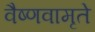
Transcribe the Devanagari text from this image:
वैष्णवामृते